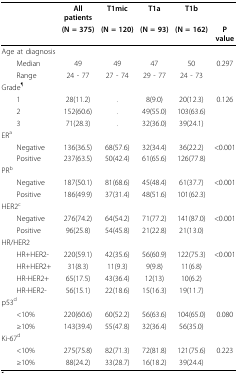
<table><thead><tr><td></td><td><b>All patients</b></td><td><b>T1mic</b></td><td><b>T1a</b></td><td><b>T1b</b></td><td></td></tr><tr><td></td><td><b>(N = 375)</b></td><td><b>(N = 120)</b></td><td><b>(N = 93)</b></td><td><b>(N = 162)</b></td><td><b>P value</b></td></tr></thead><tbody><tr><td>Age at diagnosis</td><td></td><td></td><td></td><td></td><td></td></tr><tr><td> Median</td><td>49</td><td>49</td><td>47</td><td>50</td><td>0.297</td></tr><tr><td> Range</td><td>24 - 77</td><td>27 - 74</td><td>29 - 77</td><td>24 - 73</td><td></td></tr><tr><td>Grade<sup>¶</sup></td><td></td><td></td><td></td><td></td><td></td></tr><tr><td> 1</td><td>28(11.2)</td><td>.</td><td>8(9.0)</td><td>20(12.3)</td><td>0.126</td></tr><tr><td> 2</td><td>152(60.6)</td><td>.</td><td>49(55.0)</td><td>103(63.6)</td><td></td></tr><tr><td> 3</td><td>71(28.3)</td><td>.</td><td>32(36.0)</td><td>39(24.1)</td><td></td></tr><tr><td>ER<sup>a</sup></td><td></td><td></td><td></td><td></td><td></td></tr><tr><td> Negative</td><td>136(36.5)</td><td>68(57.6)</td><td>32(34.4)</td><td>36(22.2)</td><td>&lt;0.001</td></tr><tr><td> Positive</td><td>237(63.5)</td><td>50(42.4)</td><td>61(65.6)</td><td>126(77.8)</td><td></td></tr><tr><td>PR<sup>b</sup></td><td></td><td></td><td></td><td></td><td></td></tr><tr><td> Negative</td><td>187(50.1)</td><td>81(68.6)</td><td>45(48.4)</td><td>61(37.7)</td><td>&lt;0.001</td></tr><tr><td> Positive</td><td>186(49.9)</td><td>37(31.4)</td><td>48(51.6)</td><td>101(62.3)</td><td></td></tr><tr><td>HER2<sup>c</sup></td><td></td><td></td><td></td><td></td><td></td></tr><tr><td> Negative</td><td>276(74.2)</td><td>64(54.2)</td><td>71(77.2)</td><td>141(87.0)</td><td>&lt;0.001</td></tr><tr><td> Positive</td><td>96(25.8)</td><td>54(45.8)</td><td>21(22.8)</td><td>21(13.0)</td><td></td></tr><tr><td>HR/HER2</td><td></td><td></td><td></td><td></td><td></td></tr><tr><td> HR+HER2-</td><td>220(59.1)</td><td>42(35.6)</td><td>56(60.9)</td><td>122(75.3)</td><td>&lt;0.001</td></tr><tr><td> HR+HER2+</td><td>31(8.3)</td><td>11(9.3)</td><td>9(9.8)</td><td>11(6.8)</td><td></td></tr><tr><td> HR-HER2+</td><td>65(17.5)</td><td>43(36.4)</td><td>12(13)</td><td>10(6.2)</td><td></td></tr><tr><td> HR-HER2-</td><td>56(15.1)</td><td>22(18.6)</td><td>15(16.3)</td><td>19(11.7)</td><td></td></tr><tr><td>p53<sup>d</sup></td><td></td><td></td><td></td><td></td><td></td></tr><tr><td> &lt;10%</td><td>220(60.6)</td><td>60(52.2)</td><td>56(63.6)</td><td>104(65.0)</td><td>0.080</td></tr><tr><td> ≥10%</td><td>143(39.4)</td><td>55(47.8)</td><td>32(36.4)</td><td>56(35.0)</td><td></td></tr><tr><td>Ki-67<sup>d</sup></td><td></td><td></td><td></td><td></td><td></td></tr><tr><td> &lt;10%</td><td>275(75.8)</td><td>82(71.3)</td><td>72(81.8)</td><td>121(75.6)</td><td>0.223</td></tr><tr><td> ≥10%</td><td>88(24.2)</td><td>33(28.7)</td><td>16(18.2)</td><td>39(24.4)</td><td></td></tr></tbody></table>